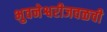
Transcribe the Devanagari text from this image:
भुवनेश्वरीजवळची